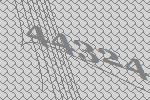
44324